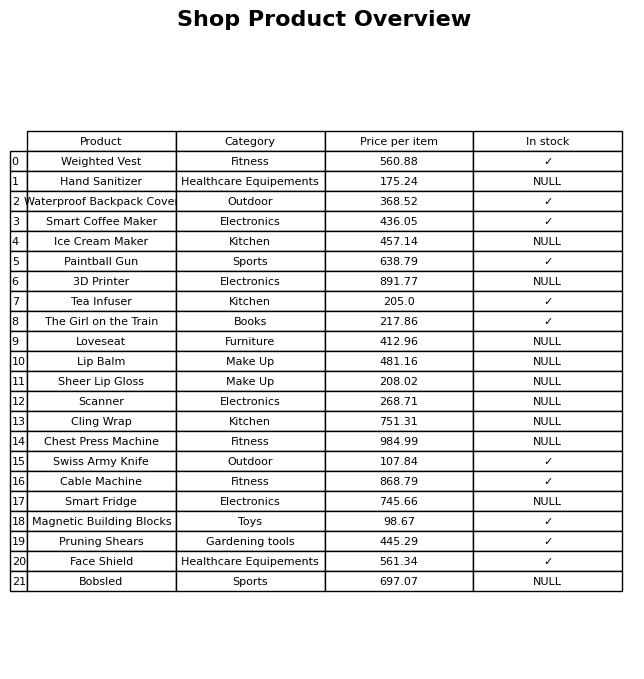
question: What is the price of the Pruning Shears?
answer: The price of Pruning Shears is 445.29.